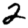
Digit: 2